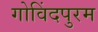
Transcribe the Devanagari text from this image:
गोविंदपुरम